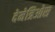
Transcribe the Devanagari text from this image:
देमेत्रिओस